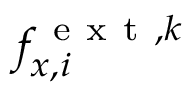
f _ { x , i } ^ { \mathrm { ~ e ~ x ~ t ~ } , k }